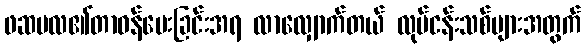
ဖဆပလ၏တာဝန်ပေးခြင်းအရ လာလျှောက်တယ် လုပ်ငန်းသစ်များအတွက်